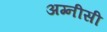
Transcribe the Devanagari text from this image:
अग्नीसी